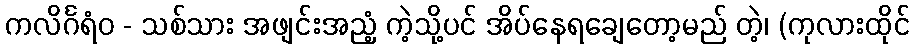
ကလိင်္ဂရံဝ - သစ်သား အဖျင်းအညံ့ ကဲ့သို့ပင် အိပ်နေရချေတော့မည် တဲ့၊ (ကုလားထိုင်